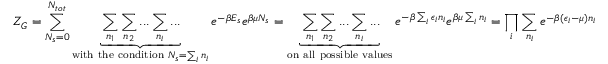
Z _ { G } = \sum _ { N _ { s } = 0 } ^ { N _ { t o t } } \underbrace { \sum _ { n _ { 1 } } \sum _ { n _ { 2 } } . . . \sum _ { n _ { i } } . . . } _ { \mathrm { w i t h ~ t h e ~ c o n d i t i o n ~ } N _ { s } = \sum _ { i } n _ { i } } e ^ { - \beta E _ { s } } e ^ { \beta \mu N _ { s } } = \underbrace { \sum _ { n _ { 1 } } \sum _ { n _ { 2 } } . . . \sum _ { n _ { i } } . . . } _ { \mathrm { o n ~ a l l ~ p o s s i b l e ~ v a l u e s } } e ^ { - \beta \sum _ { i } \epsilon _ { i } n _ { i } } e ^ { \beta \mu \sum _ { i } n _ { i } } = \prod _ { i } \sum _ { n _ { i } } e ^ { - \beta ( \epsilon _ { i } - \mu ) n _ { i } }